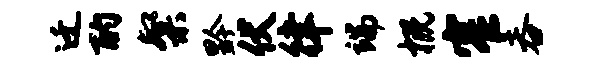
迁酌粲黔伏律端概窄吞